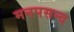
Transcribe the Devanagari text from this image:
मनपसन्द